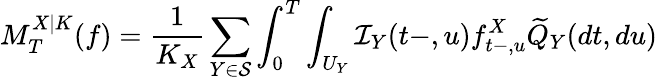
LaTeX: M_{T}^{X|K}(f)=\frac{1}{K_{X}}\sum_{Y\in\mathcal{S}}\int_{0}^{T}\int_{U_{Y}}\mathcal{I}_{Y}(t-,u)f_{t-,u}^{X}\widetilde{Q}_{Y}(dt,du)